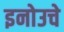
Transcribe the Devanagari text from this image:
इनोउचे